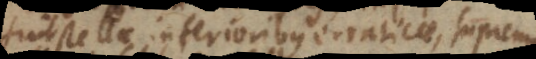
stellae, inferioribus erraticae, supremo